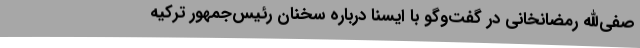
صفی‌الله رمضانخانی در گفت‌وگو با ایسنا درباره سخنان رئیس‌جمهور ترکیه